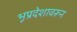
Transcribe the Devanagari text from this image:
भूप्रदेशावरून